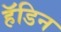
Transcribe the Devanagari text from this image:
हॅडिन